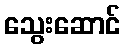
သွေးဆောင်